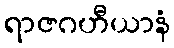
ရာဇဂဟီယာနံ